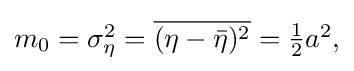
{\textstyle m_{0}=\sigma _{\eta }^{2}={\overline {(\eta -{\bar {\eta }})^{2}}}={\frac {1}{2}}a^{2},}